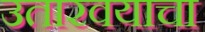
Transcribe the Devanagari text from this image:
उतारवयाचा